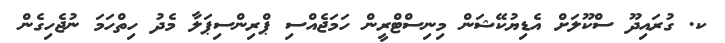
ކ. ގުރައިދޫ ސްކޫލަށް އެޑިޔުކޭޝަން މިނިސްޓްރީން ހަމަޖެއްސި ޕްރިންސިޕަލާ މެދު ހިތްހަމަ ނުޖެހިގެން